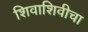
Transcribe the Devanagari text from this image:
शिवाशिवीचा